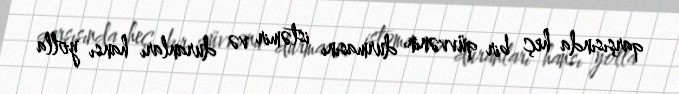
qarşısında heç bir qüvvənin durmasını istəmir və duranları hansı yolla